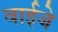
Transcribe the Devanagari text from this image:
वाईजे